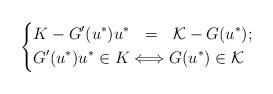
LaTeX: \begin{align*}\left\{\begin{aligned}K - G'(u^*)u^* &\ \ = \ \ \mathcal{K} - G(u^*);\\G'(u^*)u^*\in K &\Longleftrightarrow G(u^*)\in \mathcal{K}\end{aligned}\right.\end{align*}